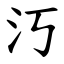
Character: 汅